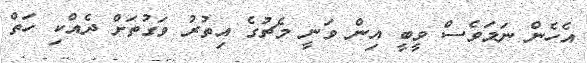
އެހެން ނަމަވެސް ވީބީ އިން ވަނީ މެޗުގެ އިތުރު ވަގުތަށް ދެއްކި ހަތް